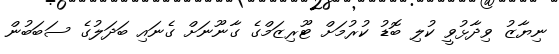
ނިޔާޒު ވިދާޅުވީ ކުލި ބޮޑު ކުރުމަށް ޓޫރިޒަމްގެ ގާނޫނަށް ގެނައި ބަދަލުގެ ސަބަބުން